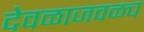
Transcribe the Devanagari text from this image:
देवळाजवळच